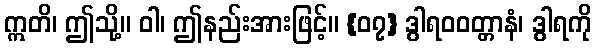
ဣတိ၊ ဤသို့။ ဝါ၊ ဤနည်းအားဖြင့်။ {၀၇} ဒွါရဝဝတ္တာနံ၊ ဒွါရကို